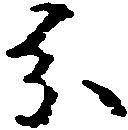
分